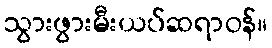
သွားဖွားမီးယပ်ဆရာဝန်။